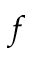
f